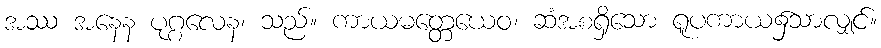
အဿ အနေန ပုဂ္ဂလေန၊ သည်။ ကာယမတ္တေယေဝ၊ ဆံအစရှိသော ရူပကာယ၌သာလျှင်။